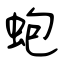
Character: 蚫